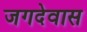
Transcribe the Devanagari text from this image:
जगदेवास